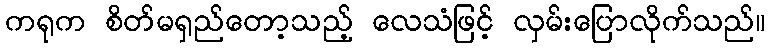
ကရုက စိတ်မရှည်တော့သည့် လေသံဖြင့် လှမ်းပြောလိုက်သည်။